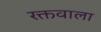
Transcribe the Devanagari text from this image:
रक्तवाला